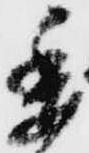
委